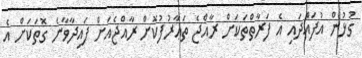
ގުޅުން އުފައްދައި އެ ފަރާތްތަކަށް ރާއްޖެ ތަޢާރުފުކޮށް ރާއްޖެއަށް ފައިދާވާނެ ގޮތަކަށް އެ